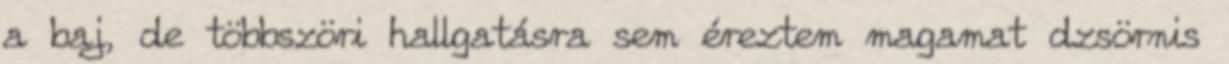
a baj, de többszöri hallgatásra sem éreztem magamat dzsörnis